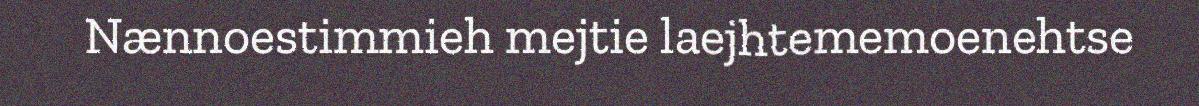
Nænnoestimmieh mejtie laejhtememoenehtse